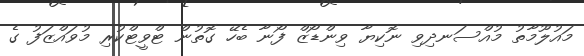
މައުލޫމާތު މުއްސަނދިވި ނޮކިޔާ ވިންޑޯޒް ފޯނާ ބެހޭ ގޮތުން ޓްވީޓްކުރި މުވައްޒަފު ގެ